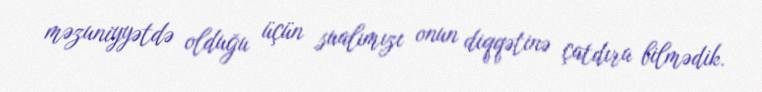
məzuniyyətdə olduğu üçün sualımızı onun diqqətinə çatdıra bilmədik.